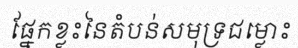
ផ្នែកខ្លះនៃតំបន់សមុទ្រជម្លោះ